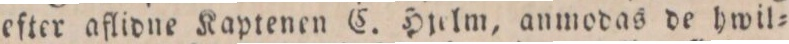
efter aflidne Kaptenen C. Hjelm, anmodas de hwil=